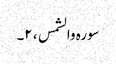
سورہ والشمس ، ۲۔